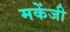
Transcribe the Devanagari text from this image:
मकेंजी